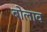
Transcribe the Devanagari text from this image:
बोलाव